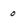
Character: o